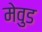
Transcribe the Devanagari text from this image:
मेवुड